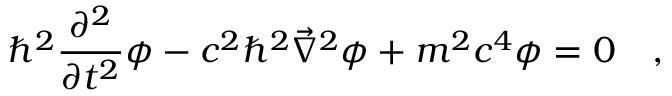
\hbar ^ { 2 } \frac { \partial ^ { 2 } } { \partial t ^ { 2 } } \phi - c ^ { 2 } \hbar ^ { 2 } \vec { \nabla } ^ { 2 } \phi + m ^ { 2 } c ^ { 4 } \phi = 0 \quad ,